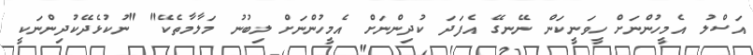
އަސްލު އެމީހުންނަށް ހީވަނީކަން ނޭނގޭ އެފަދަ ކުދިންނަށް އެމީހުންނަށް ލިބުނު މަލާމާތެކޭ" "ނުކުޅެދޭކުދިންނަކީ